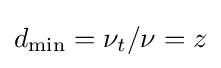
d_{\mathrm {min} }=\nu _{t}/\nu =z